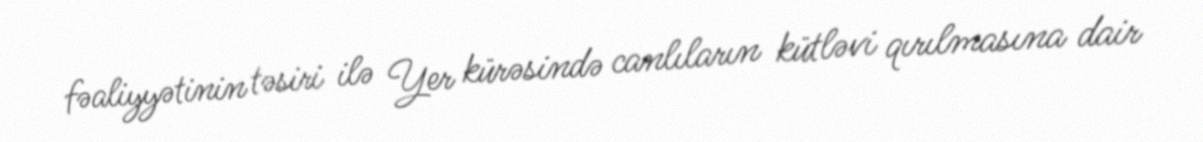
fəaliyyətinin təsiri ilə Yer kürəsində canlıların kütləvi qırılmasına dair